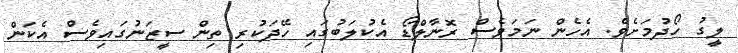
ލީގު ހޯދުމަށެވެ. އެހެން ނަމަވެސް ރޮނާލްޑޯ އެކުލަބުގައި ހޭދަކުރި ތިން ސީޒަނުގައިވެސް އެކަން